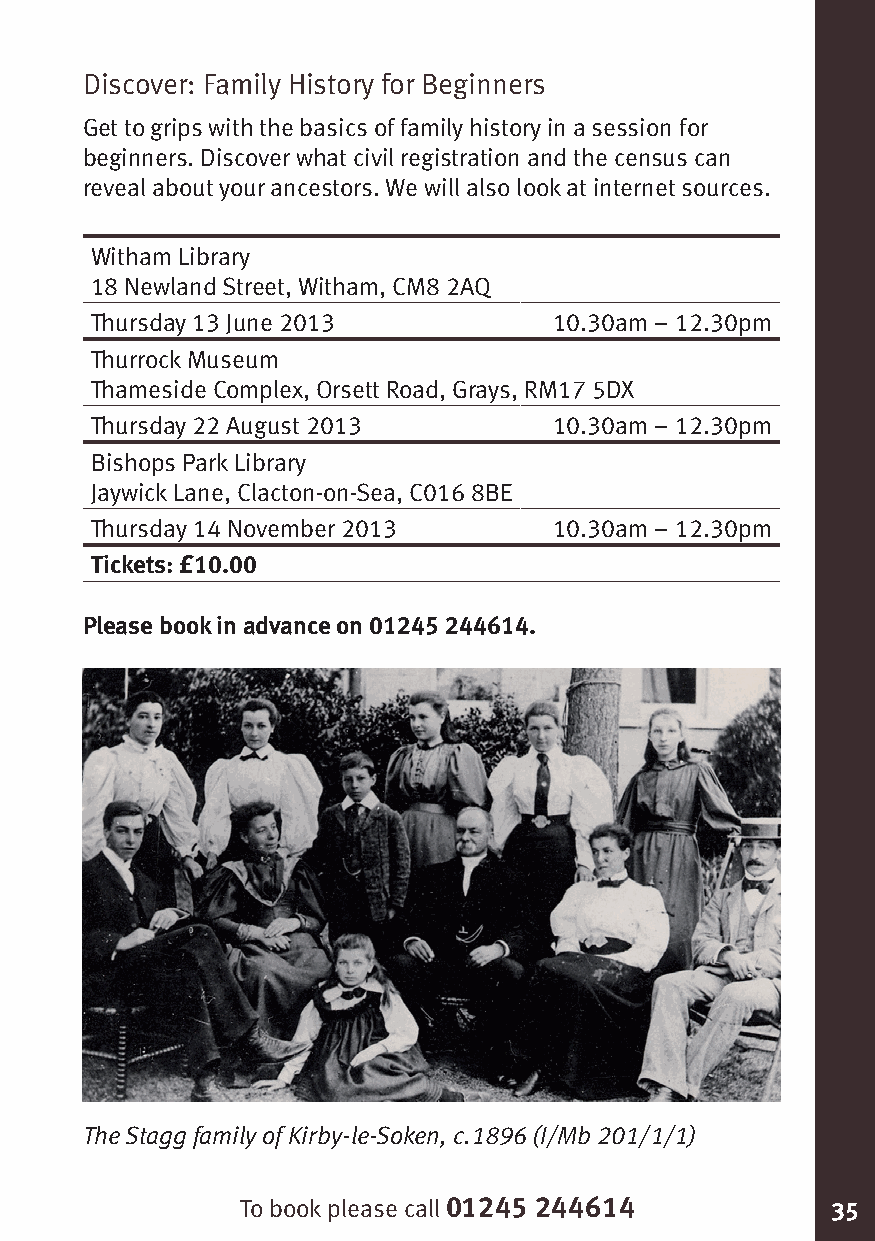
Discover: Family History for Beginners
 Get to grips with the basics of family history in a session for
 beginners. Discover what civil registration and the census can
 reveal about your ancestors. We will also look at internet sources.
 Witham Library
 18 Newland Street, Witham, CM8 2AQ
 Thursday 13 June 2013          10.30am – 12.30pm
 Thurrock Museum
 Thameside Complex, Orsett Road, Grays, RM17 5DX
 Thursday 22 August 2013        10.30am – 12.30pm
 Bishops Park Library
 Jaywick Lane, Clacton-on-Sea, C016 8BE
 Thursday 14 November 2013      10.30am – 12.30pm
 Tickets: £10.00
 Please book in advance on 01245 244614.
 The Stagg family of Kirby-le-Soken, c.1896 (I/Mb 201/1/1)
 To book please call 01245 244614       35